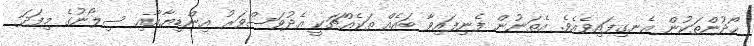
ހޯދުންތަކުން އެނގިފައިވެއެވެ. އެތަނުން ފެނިފައިވާ ބައެއް ތަކެއްޗަކީ އެދުވަސްވަރު އިންޑިޔާއާއި ސިލޯނުގެ މިފަދަ